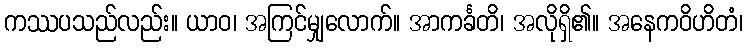
ကဿပသည်လည်း။ ယာဝ၊ အကြင်မျှလောက်။ အာကင်္ခတိ၊ အလိုရှိ၏။ အနေကဝိဟိတံ၊